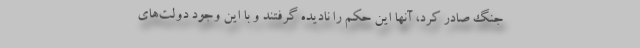
جنگ صادر کرد، آنها این حکم را نادیده گرفتند و با این وجود دولت‌های